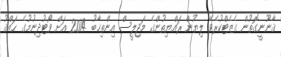
ޤާނޫނީގޮތުން ގެޒެޓްކުރެވޭ ލިޔުން ރައްޔިތުންގެ މަޖިލީސް އިންތިޚާބު 2014 އަށް ވޯޓުދިނުމުގެ ޙައްޤު